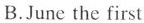
B.June the first